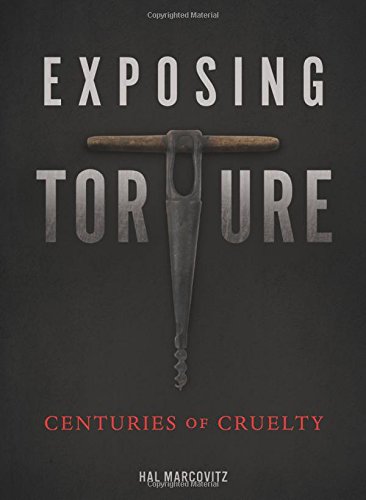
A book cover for Exposing Torture: Centuries of Cruelty (Nonfiction - Young Adult); Hal Marcovitz; Teen & Young Adult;